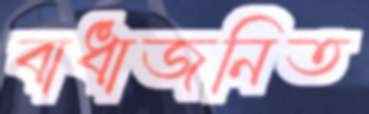
বাধাজনিত